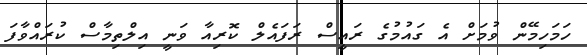
ހަމަހިމޭން ވުމަށް އެ ގައުމުގެ ރައީސް ރަފައެލް ކޮރިއާ ވަނީ އިލްތިމާސް ކުރައްވާފަ